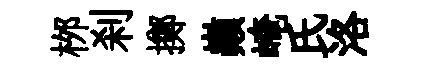
桞刹擲巔崦氏洛